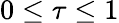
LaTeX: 0\leq\tau\leq 1